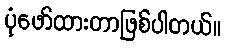
ပုံဖော်ထားတာဖြစ်ပါတယ်။